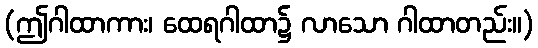
(ဤဂါထာကား၊ ထေရဂါထာ၌ လာသော ဂါထာတည်း။)